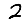
Digit: 2